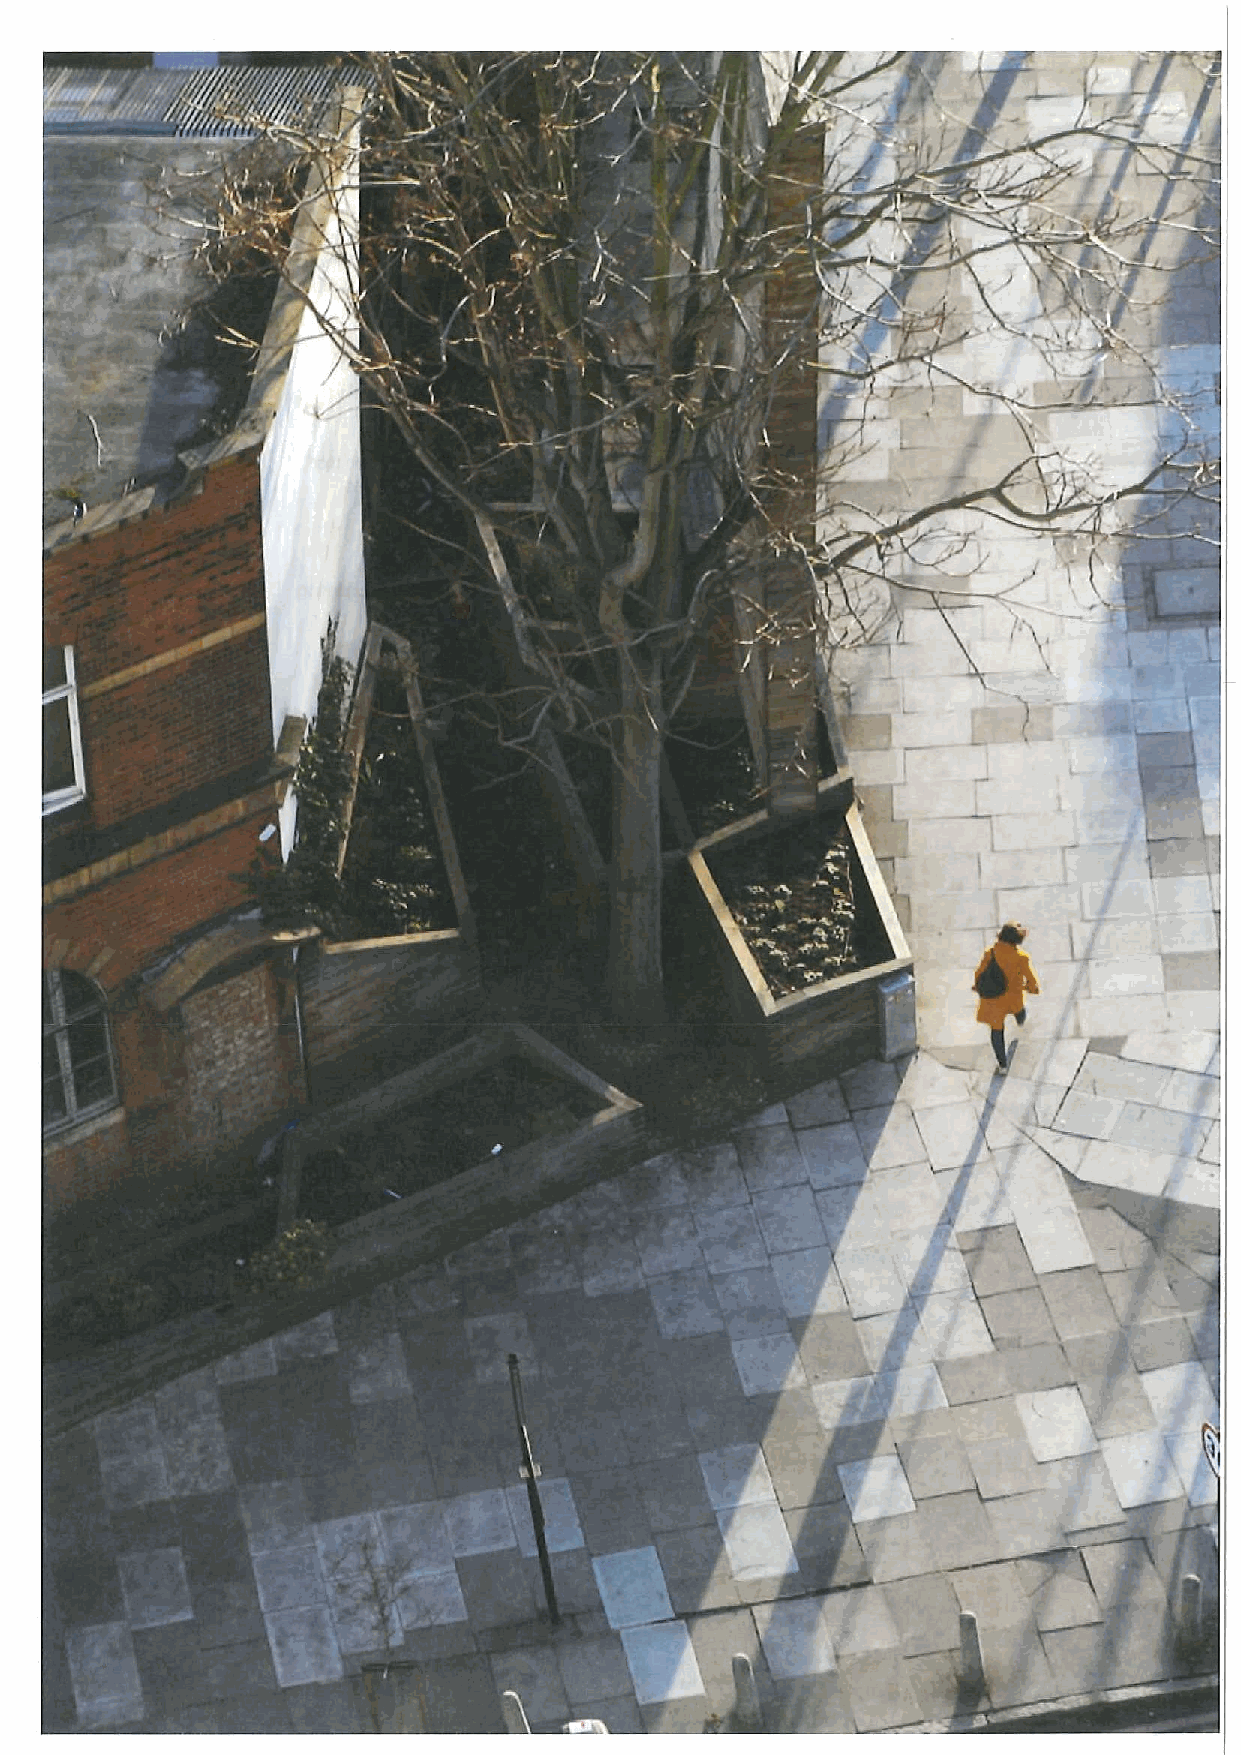
C.
 I
 1
 'i
 I
 Y
 '!